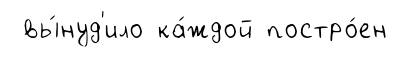
вы́нуд'ило ка́ждой постро́ен